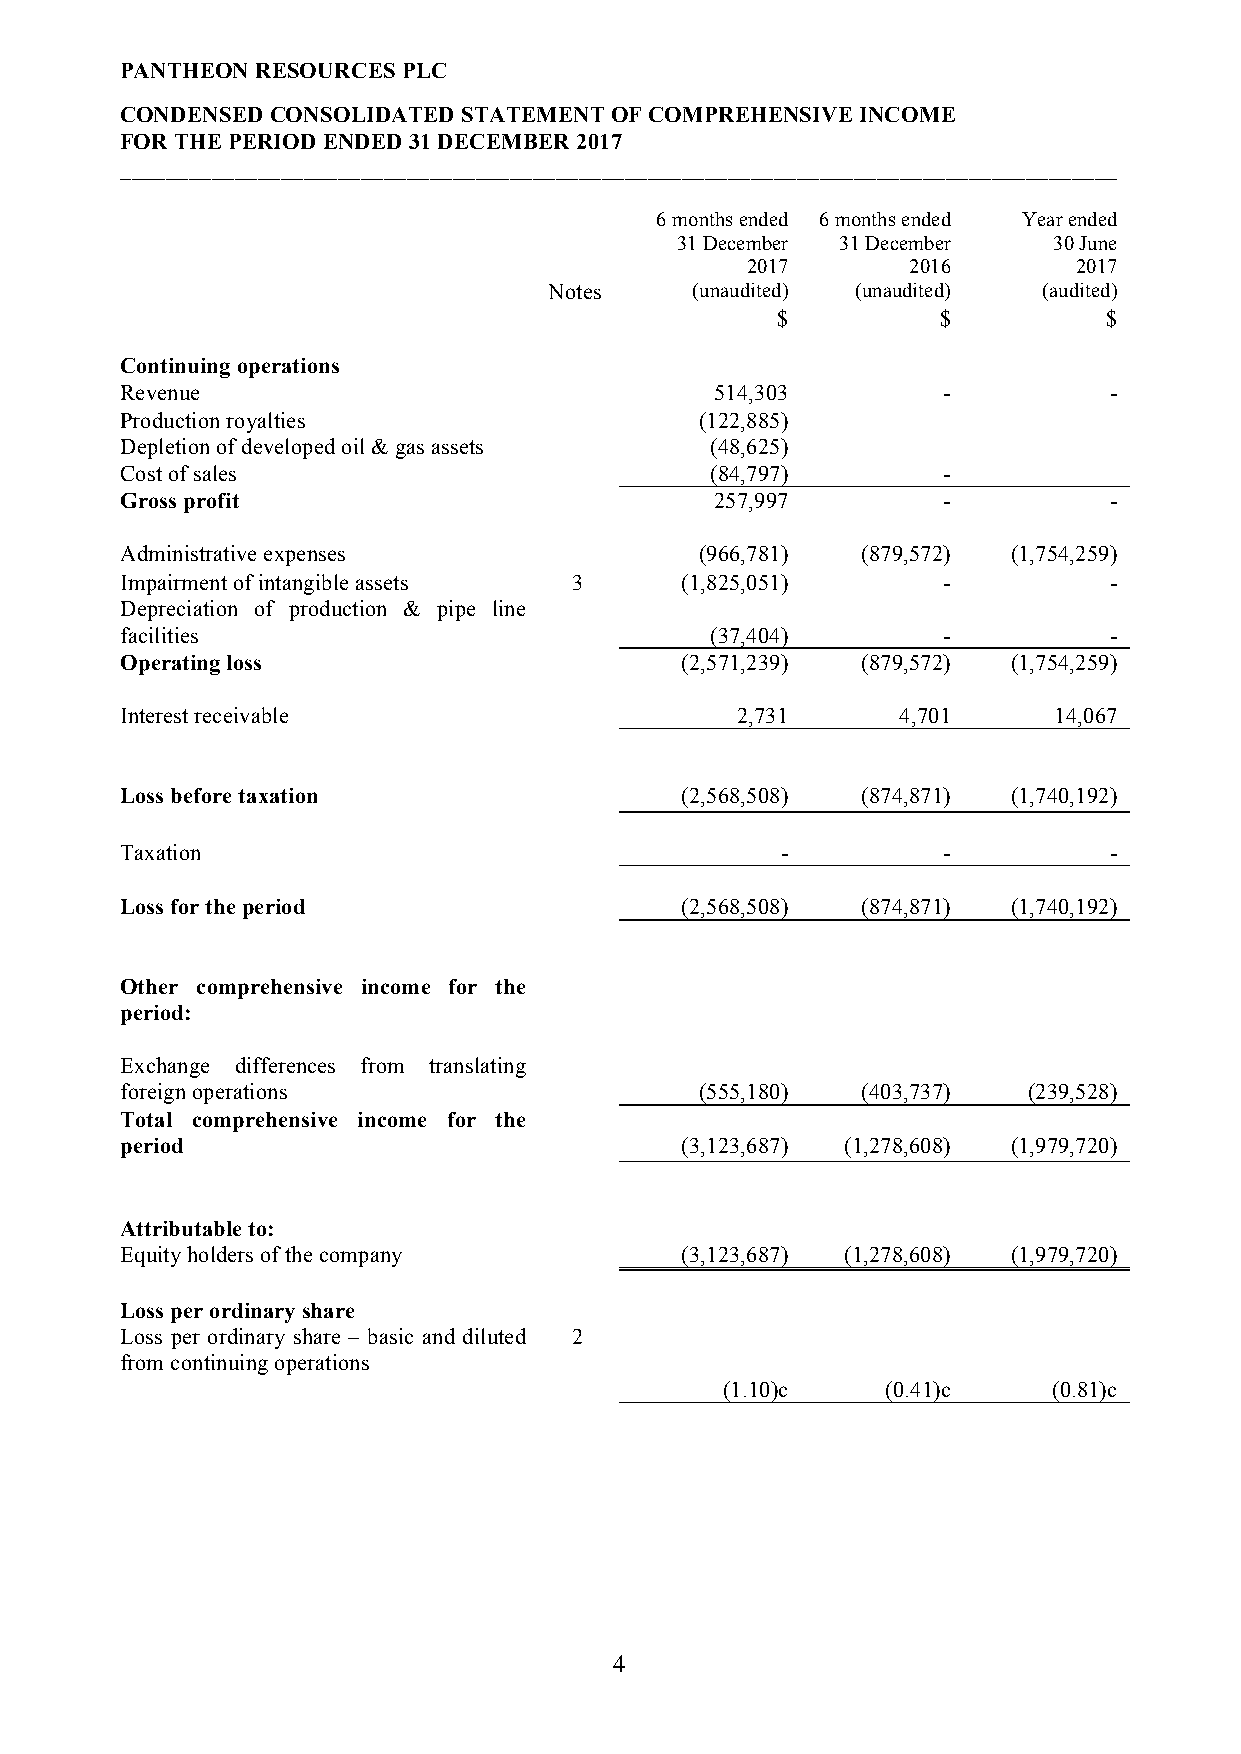
PANTHEON RESOURCES PLC
 CONDENSED CONSOLIDATED STATEMENT OF COMPREHENSIVE INCOME
 FOR THE PERIOD ENDED 31 DECEMBER 2017
 _______________________________________________________________________________________
 6 months ended 6 months ended Year ended
 31 December 31 December  30 June
 2017       2016       2017
 Notes     (unaudited) (unaudited) (audited)
 $          $          $
 Continuing operations
 Revenue                                514,303        -          -
 Production royalties                  (122,885)
 Depletion of developed oil & gas assets (48,625)
 Cost of sales                          (84,797)       -
 Gross profit                           257,997        -          -
 Administrative expenses               (966,781)  (879,572) (1,754,259)
 Impairment of intangible assets 3    (1,825,051)      -          -
 Depreciation of production & pipe line
 facilities                             (37,404)       -          -
 Operating loss                       (2,571,239) (879,572) (1,754,259)
 Interest receivable                      2,731      4,701     14,067
 Loss before taxation                 (2,568,508) (874,871) (1,740,192)
 Taxation                                    -         -          -
 Loss for the period                  (2,568,508) (874,871) (1,740,192)
 Other comprehensive income for the
 period:
 Exchange differences from translating
 foreign operations                    (555,180)  (403,737)  (239,528)
 Total comprehensive income for the
 period                               (3,123,687) (1,278,608) (1,979,720)
 Attributable to:
 Equity holders of the company        (3,123,687) (1,278,608) (1,979,720)
 Loss per ordinary share
 Loss per ordinary share – basic and diluted 2
 from continuing operations
 (1.10)c    (0.41)c    (0.81)c
 4